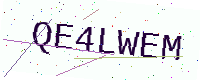
Text: QE4LWEM